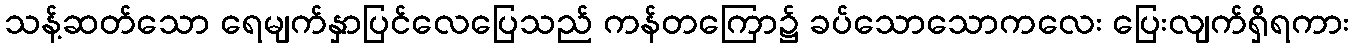
သန့်ဆတ်သော ရေမျက်နှာပြင်လေပြေသည် ကန်တကြော၌ ခပ်သောသောကလေး ပြေးလျက်ရှိရကား